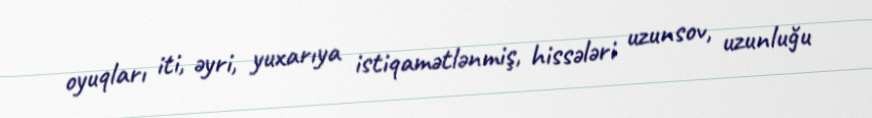
oyuqları iti, əyri, yuxarıya istiqamətlənmiş, hissələri uzunsov, uzunluğu